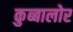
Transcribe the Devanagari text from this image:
कुब्बालोर